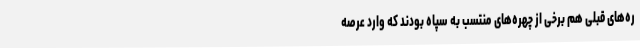
ره‌های قبلی هم برخی از چهره‌های منتسب به سپاه بودند که وارد عرصه